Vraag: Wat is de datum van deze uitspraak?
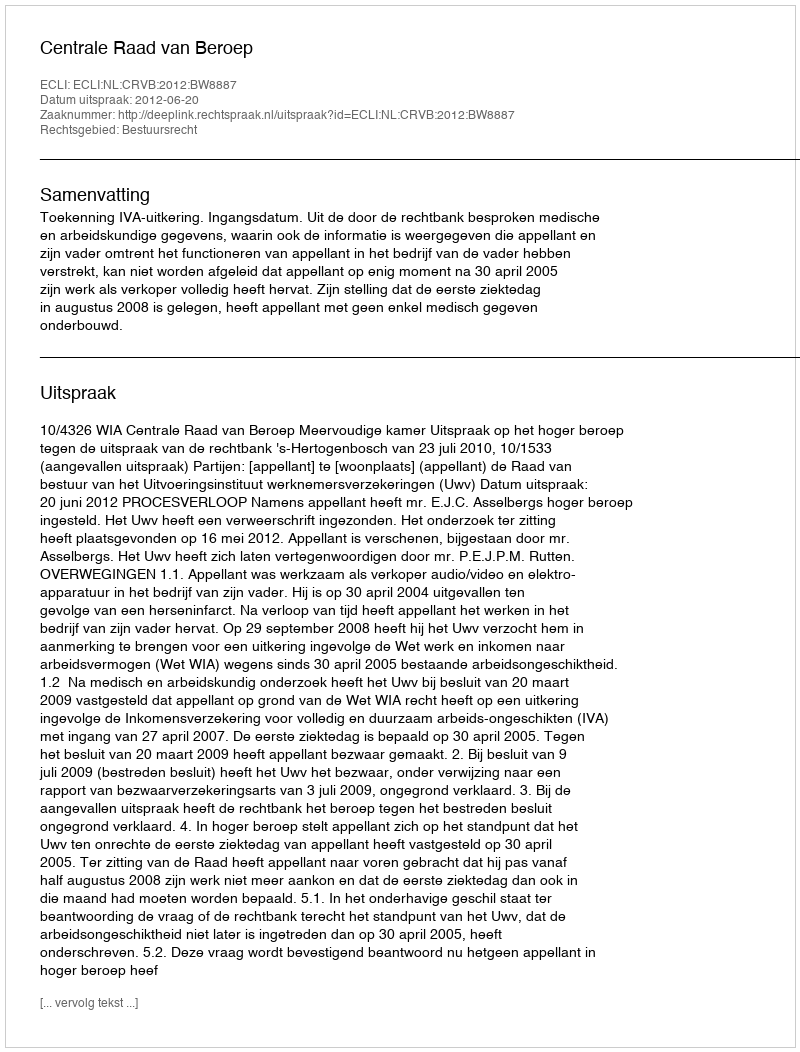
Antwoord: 2012-06-20